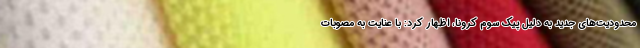
محدودیت‌های جدید به دلیل پیک سوم کرونا، اظهار کرد: با عنایت به مصوبات